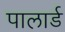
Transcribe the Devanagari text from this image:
पालार्ड